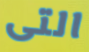
التى